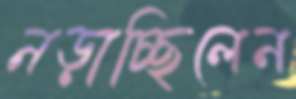
নড়াচ্ছিলেন